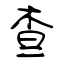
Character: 查